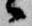
候